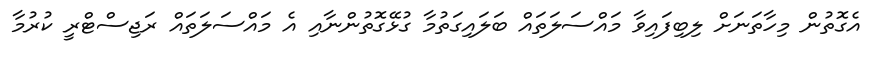
އެގޮތުން މިހާތަނަށް ލިބިފައިވާ މައްސަލަތައް ބަލައިގަތުމާ ގުޅޭގޮތުންނާއި އެ މައްސަލަތައް ރަޖިސްޓްރީ ކުރުމާ